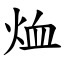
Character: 烅